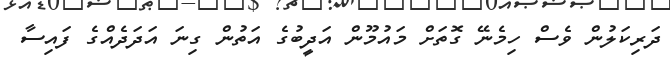
ދަރިކަލުން ވެސް ހިމެނޭ ގޮތަށް މައުމޫން އަދީބުގެ އަތުން ގިނަ އަދަދެއްގެ ފައިސާ